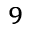
^ 9